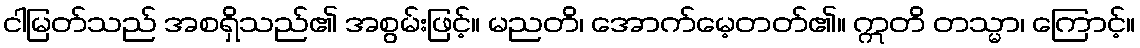
ငါမြတ်သည် အစရှိသည်၏ အစွမ်းဖြင့်။ မညတိ၊ အောက်မေ့တတ်၏။ ဣတိ တသ္မာ၊ ကြောင့်။